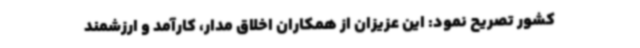
کشور تصریح نمود: این عزیزان از همکاران اخلاق مدار، کارآمد و ارزشمند